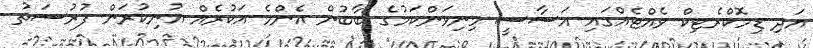
އަދި ޑިމޮކްރެޓިކް ވެއްޓެއްގައި އަސާސީ މިނިވަންކަމުގެ ބާބުން އެންމެ އަކުރެއް އުނިކުރަން ފުރުސަތު